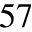
5 7